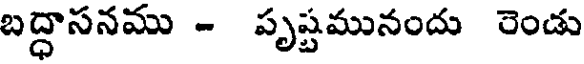
బద్ధాసనము - పృష్టమునందు రెండు